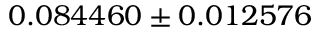
0 . 0 8 4 4 6 0 \pm 0 . 0 1 2 5 7 6